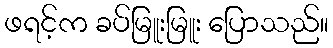
ဖရင့်က ခပ်မြူးမြူး ပြောသည်။